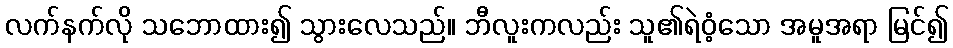
လက်နက်လို သဘောထား၍ သွားလေသည်။ ဘီလူးကလည်း သူ၏ရဲဝံ့သော အမူအရာ မြင်၍